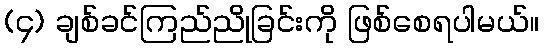
(၄) ချစ်ခင်ကြည်ညိုခြင်းကို ဖြစ်စေရပါမယ်။